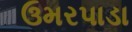
ઉમરપાડા